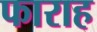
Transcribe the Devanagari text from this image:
फाराह